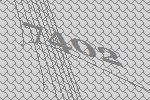
7402